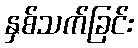
နှစ်သက်ခြင်း